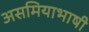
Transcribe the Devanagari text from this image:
असमियाभाषी